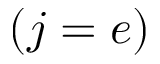
( j = e )